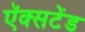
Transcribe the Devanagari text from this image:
ऍक्सटेंड